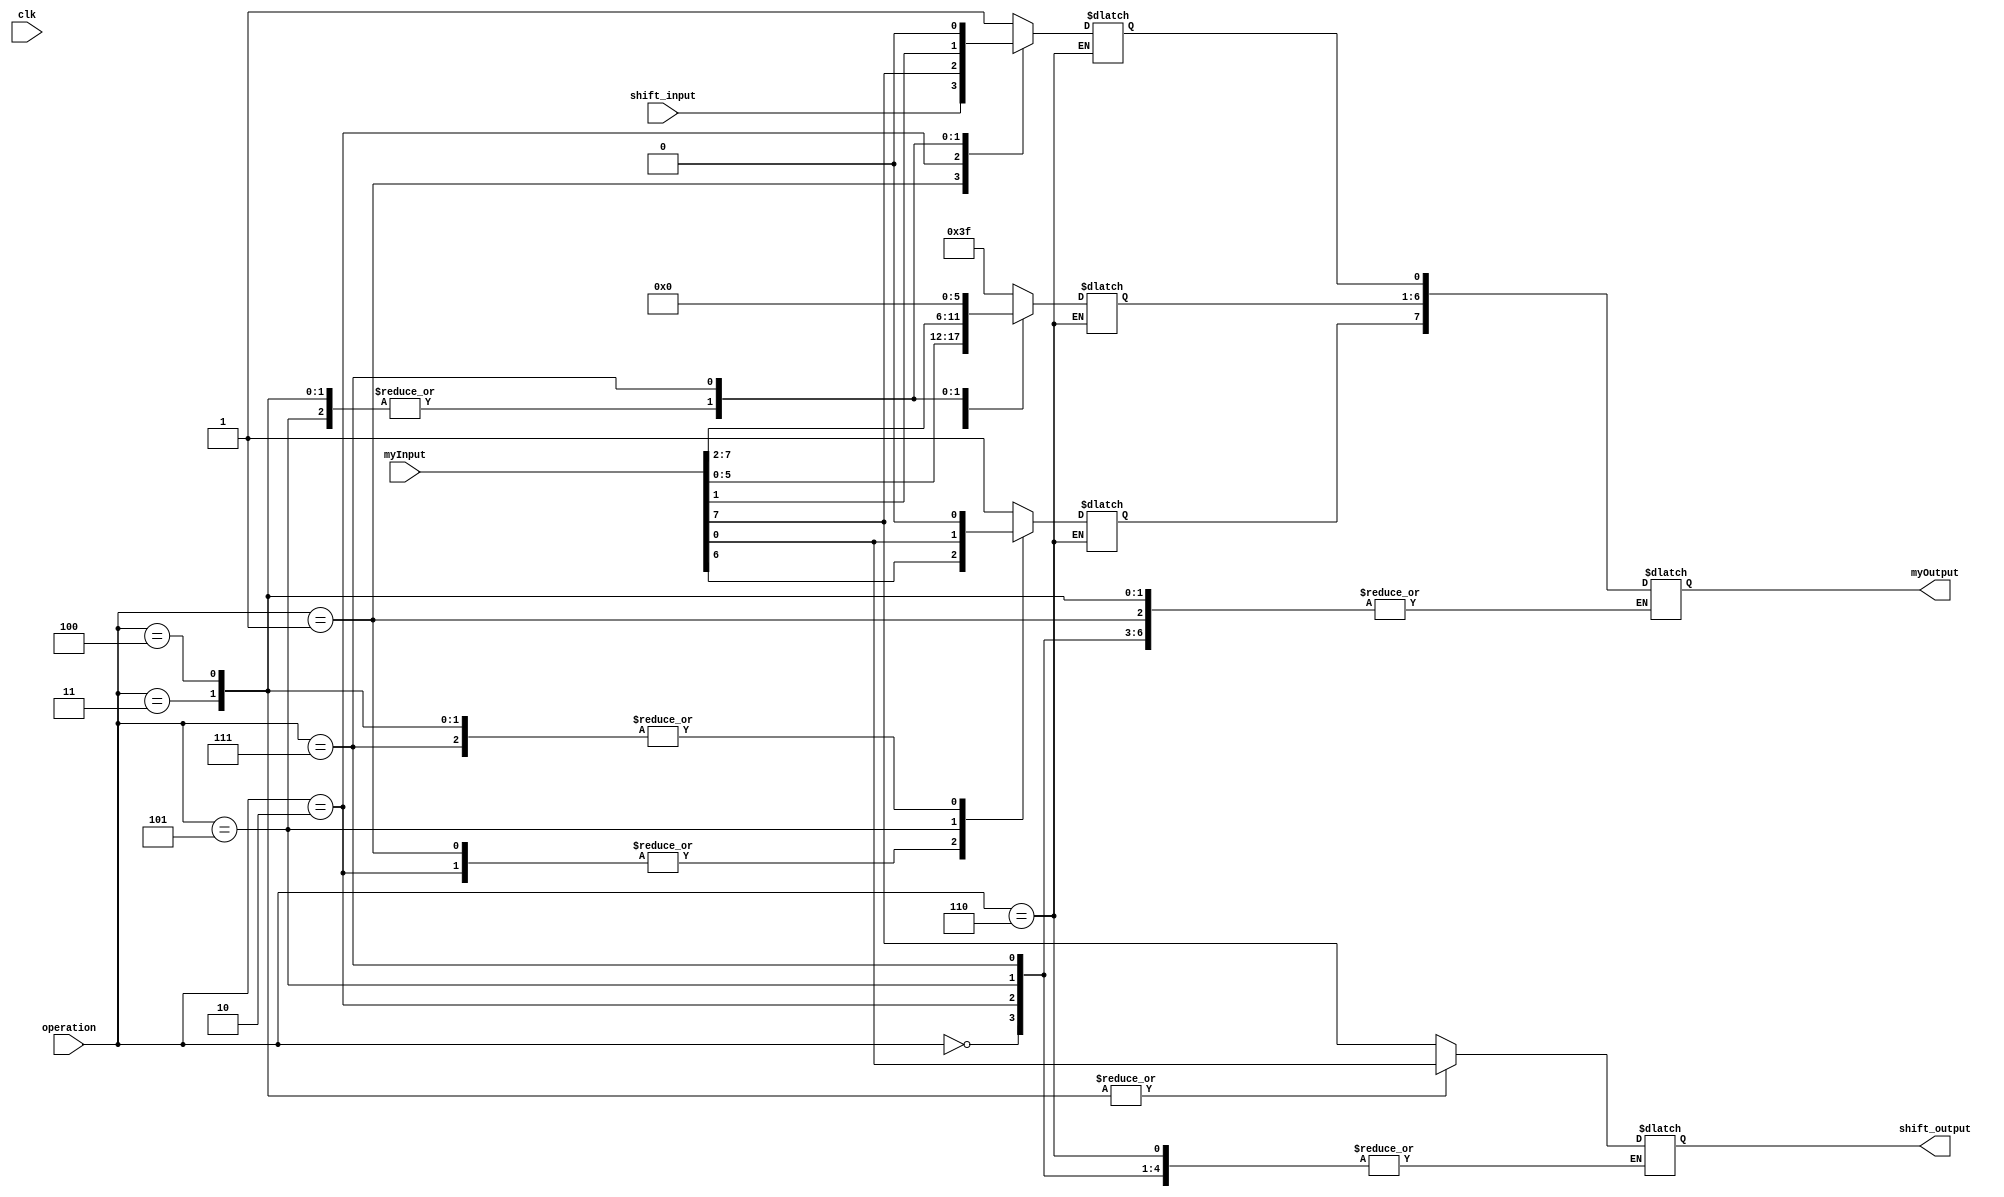
module eightBitsh(myInput, shift_input, operation, clk, shift_output, myOutput);
	input[7:0] myInput;
	input[2:0] operation;
	input shift_input, clk;
	output reg[7:0] myOutput;
	reg[7:0] memory = 8'bxxxxxxxx;
	output reg shift_output;
	
	//choosing the clock edge
	always @ (clk)
	//start
	begin
	//using case instead of some if
	                                  //1st case
	case (operation)
	3'b000: memory = 8'b11111111;
	                                  //2nd case
	3'b001: begin 
	memory = myInput; 
	shift_output = memory[7]; 
	//shift to left
	memory = memory << 1; 
	memory[0] = shift_input; 
    end
	                                  //3rd case   
	3'b010: begin 
	memory = myInput; 
	memory = memory << 1; 
	memory[0] = myInput[7]; 
	end
	                                  //4th case
	3'b011: begin 
	memory = myInput; 
	shift_output = memory[0]; 
	memory = memory >> 1; 
	end
	                                  //5th case
	3'b100: begin 
	memory = myInput; 
	shift_output = memory[0]; 
	memory = memory >>> 1; 
	end
	                                   //6th case
	3'b101: begin 
	memory = myInput; 
	memory = memory >> 1; 
	memory[7] = myInput[0]; 
	end
	                                   //7th case
	3'b110: myOutput = memory;
	                                   //8th case 
	3'b111: memory = 8'b00000000;
	                                    // default case so initialize zzzzzzzz for output
	default: myOutput = 8'bzzzzzzzz;
	endcase
	end
 endmodule